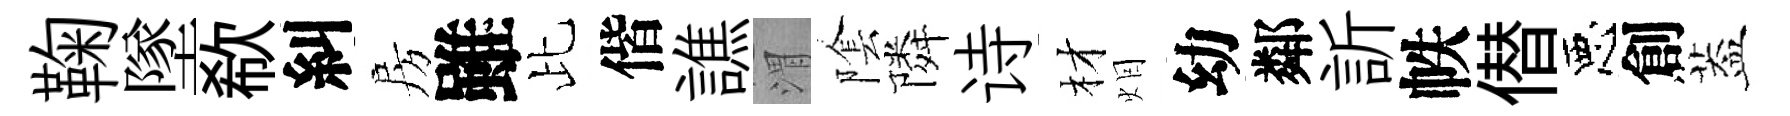
鞠墜欷糾房雖比偕譙渭隂隣诗材𤇆幼鄰訢帙僣惡創葢